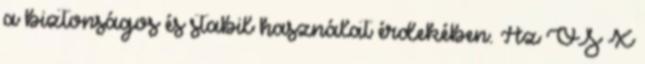
a biztonságos és stabil használat érdekében. Az OS X